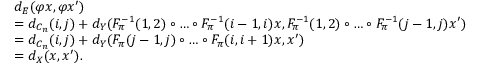
\begin{array} { r l } & { d _ { E } ( \varphi x , \varphi x ^ { \prime } ) } \\ & { = d _ { C _ { n } } ( i , j ) + d _ { Y } ( F _ { \pi } ^ { - 1 } ( 1 , 2 ) \circ \dots \circ F _ { \pi } ^ { - 1 } ( i - 1 , i ) x , F _ { \pi } ^ { - 1 } ( 1 , 2 ) \circ \dots \circ F _ { \pi } ^ { - 1 } ( j - 1 , j ) x ^ { \prime } ) } \\ & { = d _ { C _ { n } } ( i , j ) + d _ { Y } ( F _ { \pi } ( j - 1 , j ) \circ \dots \circ F _ { \pi } ( i , i + 1 ) x , x ^ { \prime } ) } \\ & { = d _ { X } ( x , x ^ { \prime } ) . } \end{array}